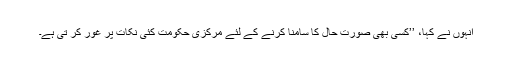
انہوں نے کہا، ’’کسی بھی صورت حال کا سامنا کرنے کے لئے مرکزی حکومت کئی نکات پر غور کر تی ہے۔